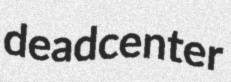
deadcenter